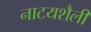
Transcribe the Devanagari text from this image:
नाटयशैली